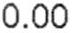
0.00